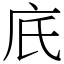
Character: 㡳